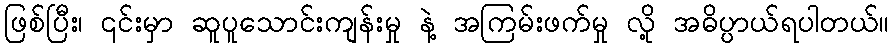
ဖြစ်ပြီး၊ ၎င်းမှာ ဆူပူသောင်းကျန်းမှု နဲ့ အကြမ်းဖက်မှု လို့ အဓိပ္ပာယ်ရပါတယ်။